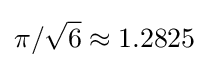
\pi /{\sqrt {6}}\approx 1.2825